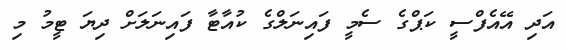
އަދި އޭއެފްސީ ކަޕްގެ ސެމީ ފައިނަލްގެ ކުއާޓާ ފައިނަލަށް ދިޔަ ޓީމު މި